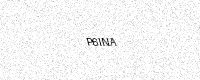
Text: P6INA